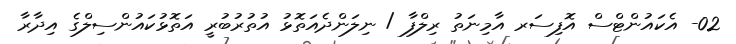
02- އެކައުންޓްސް އޮފިސަރ އާމިނަތު ރިލްފާ / ނިލަންދެއަތޮޅު އުތުރުބުރީ އަތޮޅުކައުންސިލްގެ އިދާރާ